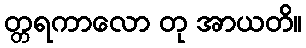
တ္တရကာလော တု အာယတိ။